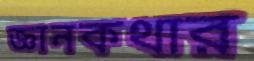
জ্ঞানকথার